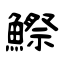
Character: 鰶